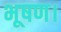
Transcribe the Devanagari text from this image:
भूषण।